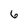
Character: 6